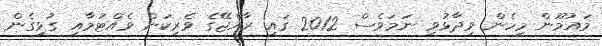
މައުމޫން މިހެން ވިދާޅުވި ނަމަވެސް 2012 ގައި ރާއްޖޭގެ ވެރިކަން ވެއްޓުމާއި ގުޅިގެން